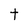
Character: t